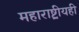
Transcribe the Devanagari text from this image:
महाराष्ट्रीयही